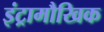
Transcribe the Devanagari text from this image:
इंट्रामौखिक